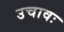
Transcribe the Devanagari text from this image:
उचावः